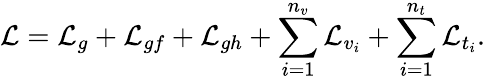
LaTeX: {\cal L}={\cal L}_{g}+{\cal L}_{gf}+{\cal L}_{gh}+\sum_{i=1}^{n_{v}}{\cal L}_{v_{i}}+\sum_{i=1}^{n_{t}}{\cal L}_{t_{i}}.